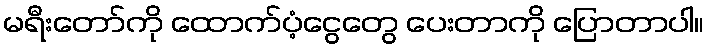
မရီးတော်ကို ထောက်ပံ့ငွေတွေ ပေးတာကို ပြောတာပါ။